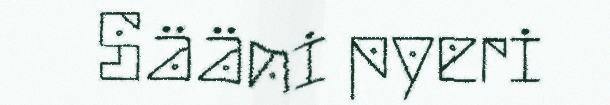
Sääni pyeri